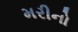
મરીનો